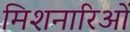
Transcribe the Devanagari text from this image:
मिशनारिओं